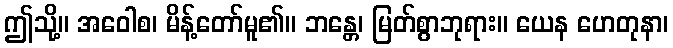
ဤသို့။ အဝေါစ၊ မိန့်တော်မူ၏။ ဘန္တေ၊ မြတ်စွာဘုရား။ ယေန ဟေတုနာ၊